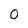
Character: o